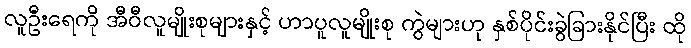
လူဦးရေကို အီဝီလူမျိုးစုများနှင့် ဟာပူလူမျိုးစု ကွဲများဟု နှစ်ပိုင်းခွဲခြားနိုင်ပြီး ထို